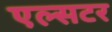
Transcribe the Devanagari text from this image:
एल्सटर